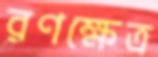
রণক্ষেত্র